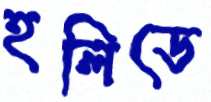
হলিডে